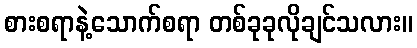
စားစရာနဲ့သောက်စရာ တစ်ခုခုလိုချင်သလား။